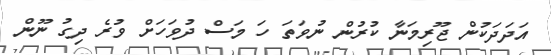
އަދަދަކުން ޖޫރިމަނާ ކުރުން ނުވަތަ ހަ މަސް ދުވަހަށް ވުރެ ދިގު ނޫން